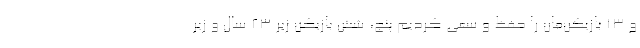
و 13 بازیکن‌مان را حفظ و سعی کردیم پنج، شش بازیکن زیر 23 سال و زیر